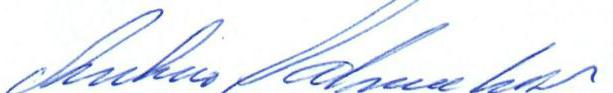
Antero Salmenkivi